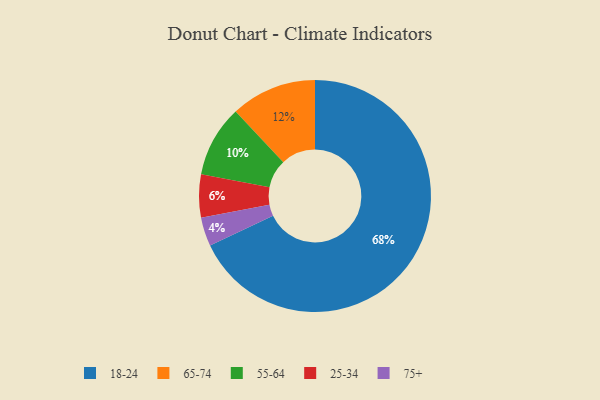
{"axis": {"x": "Category", "y": "Percentage"}, "legend": ["18-24", "25-34", "55-64", "65-74", "75+"], "data": [{"x": "25-34", "y": 6, "type": "25-34"}, {"x": "18-24", "y": 68, "type": "18-24"}, {"x": "65-74", "y": 12, "type": "65-74"}, {"x": "55-64", "y": 10, "type": "55-64"}, {"x": "75+", "y": 4, "type": "75+"}]}